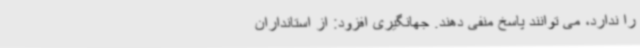
را ندارد، می توانند پاسخ منفی دهند. جهانگیری افزود: از استانداران